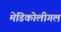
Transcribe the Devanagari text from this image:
मेडिकोलीगल